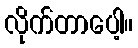
လိုက်တာပေါ့။